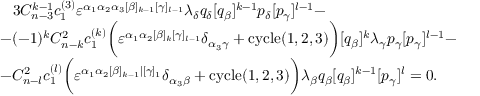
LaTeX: \begin{array} { l } { { \, \, \, \, \, 3 C _ { n - 3 } ^ { k - 1 } c _ { 1 } ^ { ( 3 ) } \varepsilon ^ { \alpha _ { 1 } \alpha _ { 2 } \alpha _ { 3 } [ \beta ] _ { k - 1 } [ \gamma ] _ { l - 1 } } \lambda _ { \delta } q _ { \delta } [ q _ { \beta } ] ^ { k - 1 } p _ { \delta } [ p _ { \gamma } ] ^ { l - 1 } - } } \\ { { - ( - 1 ) ^ { k } C _ { n - k } ^ { 2 } c _ { 1 } ^ { ( k ) } \biggl ( \varepsilon ^ { \alpha _ { 1 } \alpha _ { 2 } [ \beta ] _ { k } [ \gamma ] _ { l - 1 } } \delta _ { \alpha _ { 3 } \gamma } + \mathrm { c y c l e } ( 1 , 2 , 3 ) \biggr ) [ q _ { \beta } ] ^ { k } \lambda _ { \gamma } p _ { \gamma } [ p _ { \gamma } ] ^ { l - 1 } - } } \\ { { - C _ { n - l } ^ { 2 } c _ { 1 } ^ { ( l ) } \biggl ( \varepsilon ^ { \alpha _ { 1 } \alpha _ { 2 } [ \beta ] _ { k - 1 } | [ \gamma ] _ { 1 } } \delta _ { \alpha _ { 3 } \beta } + \mathrm { c y c l e } ( 1 , 2 , 3 ) \biggr ) \lambda _ { \beta } q _ { \beta } [ q _ { \beta } ] ^ { k - 1 } [ p _ { \gamma } ] ^ { l } = 0 . } } \end{array}